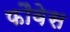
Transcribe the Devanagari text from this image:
फौवेस